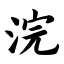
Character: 浣